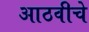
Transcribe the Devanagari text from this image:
आठवीचे